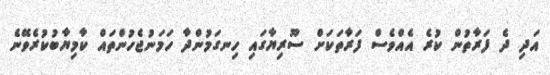
އަދި ދެ ފަރާތުން ކުރެ އެއްވެސް ފަރާތަކަށް ސޫރިޔާގައި ހިނގަމުންދާ ހަމަނުޖެހުންތައް ކާމިޔާބުކުރެވޭނެ